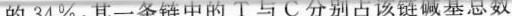
的34\%，其一条链中的T与C分别占该链碱基总数